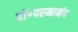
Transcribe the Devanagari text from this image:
डॉ॰परमानंद